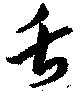
夭